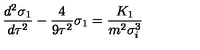
\frac { d ^ { 2 } \sigma _ { 1 } } { d \tau ^ { 2 } } - \frac 4 { 9 \tau ^ { 2 } } \sigma _ { 1 } = \frac { K _ { 1 } } { m ^ { 2 } \sigma _ { i } ^ { 3 } }